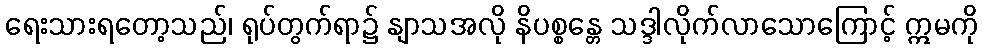
ရေးသားရတော့သည်၊ ရုပ်တွက်ရာ၌ နျာသအလို နိပစ္စန္တေ သဒ္ဒါလိုက်လာသောကြောင့် ဣမကို